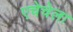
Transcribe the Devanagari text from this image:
एचेचेला